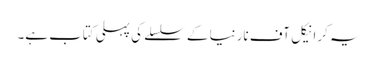
یہ کرانیکل آف نارنیا کے سلسلے کی پہلی کتاب ہے۔